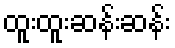
ထူးထူးဆန်းဆန်း